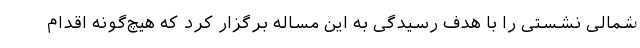
شمالی نشستی را با هدف رسیدگی به این مساله برگزار کرد که هیچ‌گونه اقدام